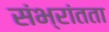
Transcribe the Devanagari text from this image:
संभ्रांतता